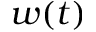
w ( t )